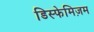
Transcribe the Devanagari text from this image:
डिस्फेमिज़म